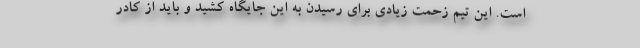
است. این تیم زحمت زیادی برای رسیدن به این جایگاه کشید و باید از کادر